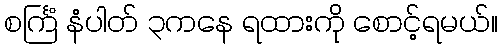
စင်္ကြံ နံပါတ် ၃ကနေ ရထားကို စောင့်ရမယ်။